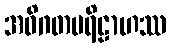
အဝိဂတပရိဠာဟဿ